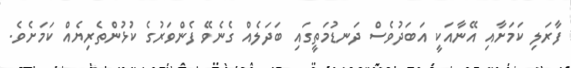
ފާރަލި ކަމަށާއި އޭނާއަކީ އަބަދުވެސް ދަނޑުމަތީގައި ބަދަލެއް ގެނެވޭ ފެންވަރުގެ ކުޅުންތެރިޔެއް ކަމަށެވެ.